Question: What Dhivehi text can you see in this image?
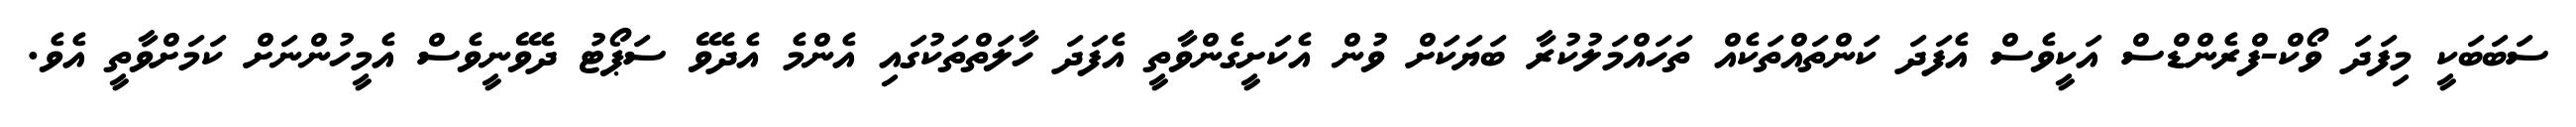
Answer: ސަބަބަކީ މިފަދަ ވޯކް-ފްރެންޑްސް އަކީވެސް އެފަދަ ކަންތައްތަކެއް ތަހައްމަލުކުރާ ބަޔަކަށް ވުން އެކަށީގެންވާތީ އެފަދަ ހާލަތްތަކުގައި އެންމެ އެދެވޭ ސަޕޯޓު ދެވޭނީވެސް އެމީހުންނަށް ކަމަށްވާތީ އެވެ.